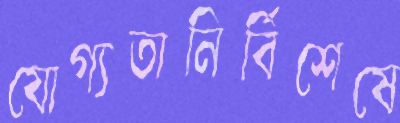
যোগ্যতানির্বিশেষে